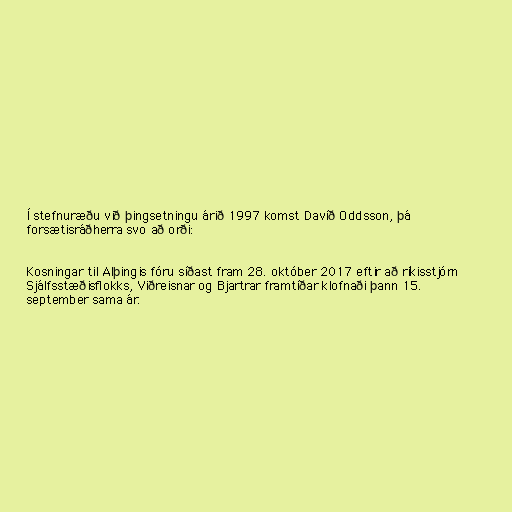
Í stefnuræðu við þingsetningu árið 1997 komst Davíð Oddsson, þá
forsætisráðherra svo að orði:

Kosningar til Alþingis fóru síðast fram 28. október 2017 eftir að ríkisstjórn
Sjálfsstæðisflokks, Viðreisnar og Bjartrar framtíðar klofnaði þann 15.
september sama ár.